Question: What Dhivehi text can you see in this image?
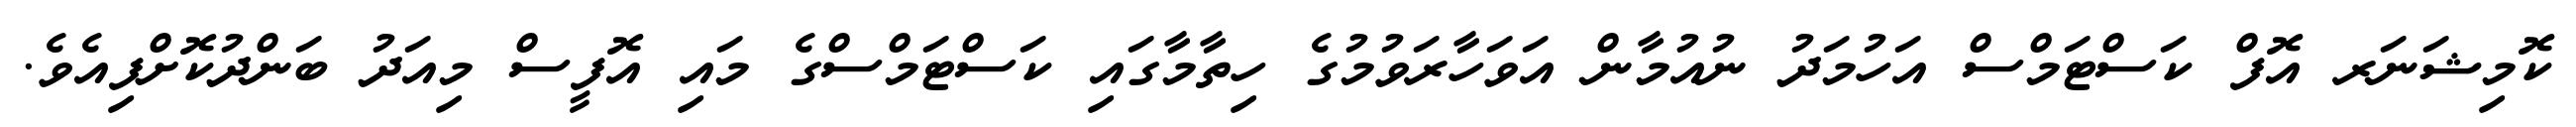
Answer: ކޮމިޝަނަރ އޮފް ކަސްޓަމްސް އަހުމަދު ނުއުމާން އަވަހާރަވުމުގެ ހިތާމާގައި ކަސްޓަމްސްގެ މައި އޮފީސް މިއަދު ބަންދުކޮށްފިއެވެ.